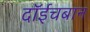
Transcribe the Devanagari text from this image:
दॉईचबान